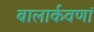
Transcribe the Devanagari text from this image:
बालार्कवणां